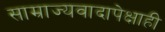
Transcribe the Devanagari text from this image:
साम्राज्यवादापेक्षाही